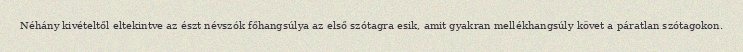
Néhány kivételtől eltekintve az észt névszók főhangsúlya az első szótagra esik, amit gyakran mellékhangsúly követ a páratlan szótagokon.